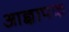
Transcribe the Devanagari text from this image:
आज्ञापक